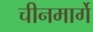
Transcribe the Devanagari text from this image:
चीनमार्गे